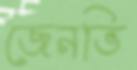
জেনভি